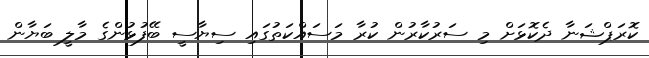
ކޮރަޕްޝަނާ ދެކޮޅަށް މި ސަރުކާރުން ކުރާ މަސައްކަތުގައި ސިޔާސީ ބޭފުޅުންގެ މާލީ ބަޔާން